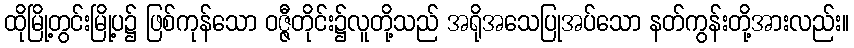
ထိုမြို့တွင်းမြို့ပ၌ ဖြစ်ကုန်သော ဝဇ္ဇီတိုင်း၌လူတို့သည် အရိုအသေပြုအပ်သော နတ်ကွန်းတို့အားလည်း။